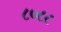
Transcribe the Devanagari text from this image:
८०८८